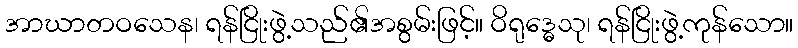
အာဃာတဝသေန၊ ရန်ငြိုးဖွဲ့သည်၏အစွမ်းဖြင့်။ ဝိရုဒ္ဓေသု၊ ရန်ငြိုးဖွဲ့ကုန်သော။